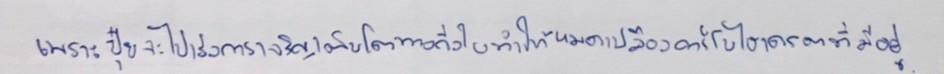
เพราะปุ๋ยจะไปเร่งการเจริญเติบโตทางกิ่งใบทำให้หมดเปลืองคาร์โบไฮเดรตที่มีอยู่